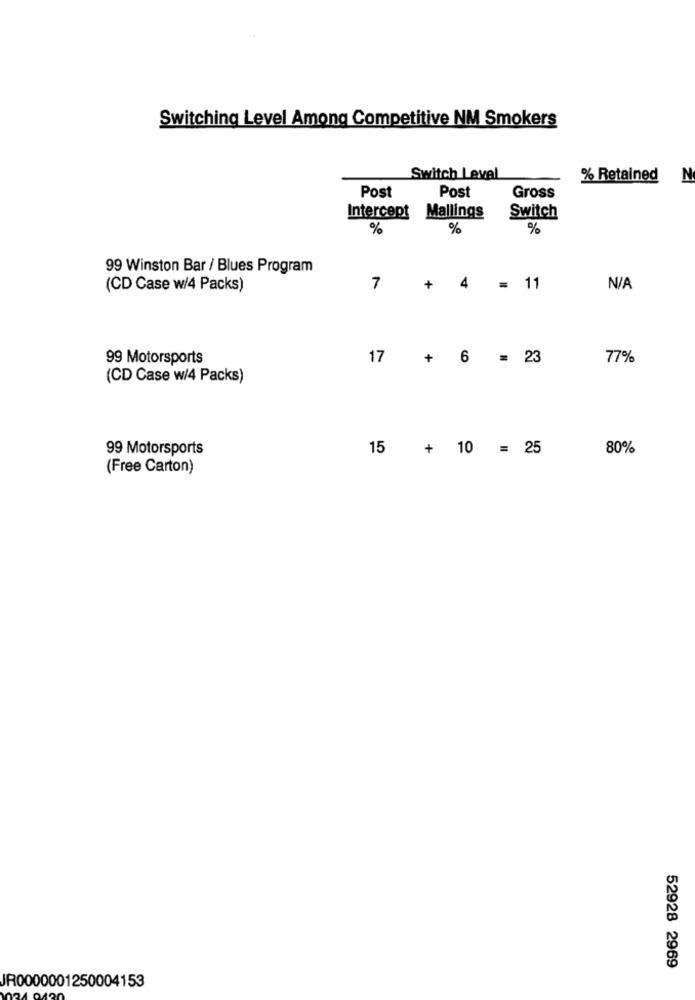
Switching Level Among Competitive NM Smokers
Switch Level
% Retained
N
Post
Post
Gross
Intercept Mallings
Switch
%
%
%
99 Winston Bar / Blues Program
4
(CD Case w/4 Packs)
7
+
= 11
99 Motorsports
17
+
6
= 23
77%
(CD Case w/4 Packs)
99 Motorsports
15 + 10 = 25
80%
(Free Carton)
52928 2969
JR0000001250004153